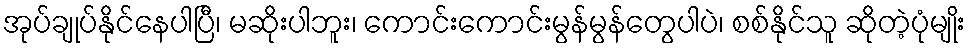
အုပ်ချုပ်နိုင်နေပါပြီ၊ မဆိုးပါဘူး၊ ကောင်းကောင်းမွန်မွန်တွေပါပဲ၊ စစ်နိုင်သူ ဆိုတဲ့ပုံမျိုး